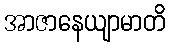
အာဇာနေယျာမာတိ